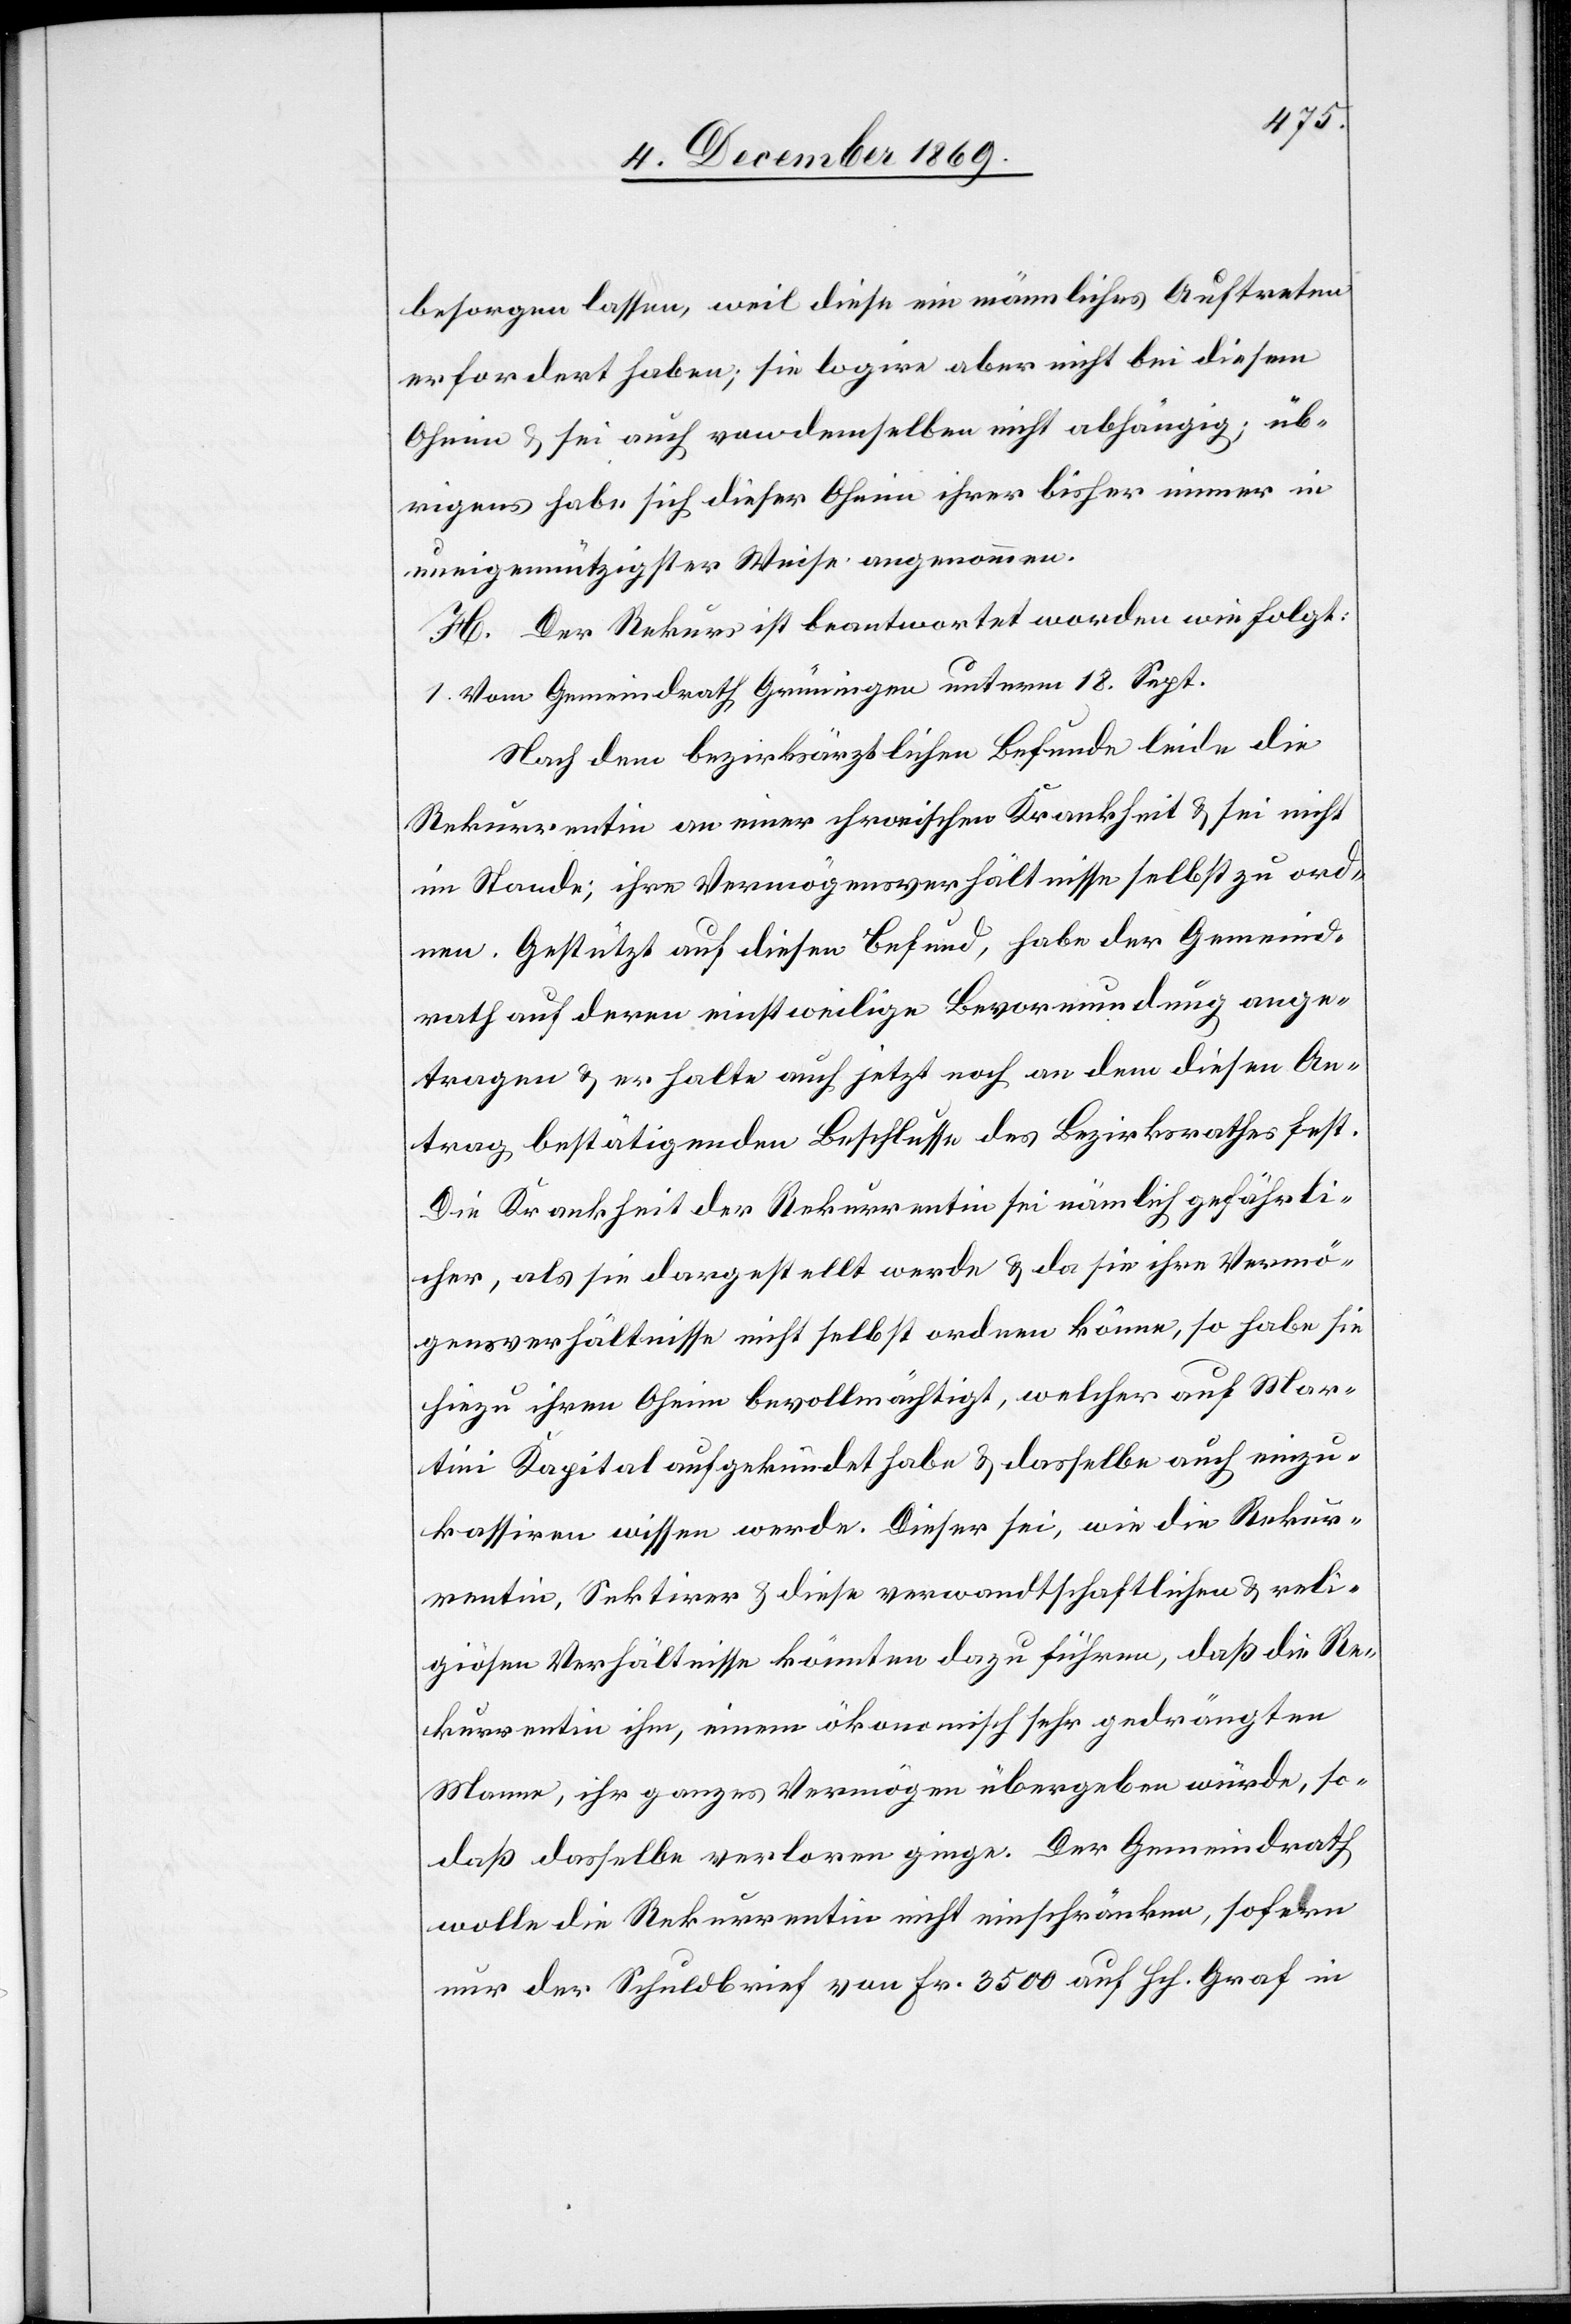
besorgen lassen, weil diese ein männliches Auftreten
erfordert haben; sie logire aber nicht bei diesem
Oheim & sei auch von demselben nicht abhängig; üb¬
rigens habe sich dieser Oheim ihrer bisher immer in
uneigennützigster Weise angenommen.
H. Der Rekurs ist beantwortet worden wie folgt:
1. Vom Gemeindrath Grüningen unterm 18. Sept.
Nach dem bezirksärztlichen Befunde leide die
Rekurrentin an einer chronischen Krankheit & sei nicht
im Stande, ihre Vermögensverhältnisse selbst zu ord¬
nen. Gestützt auf diesen Befund, habe der Gemeind¬
rath auf deren einstweilige Bevormundung ange¬
tragen & er halte auch jetzt noch an dem diesen An¬
trag bestätigenden Beschlusse des Bezirksrathes fest.
Die Krankheit der Rekurrentin sei nämlich gefährli¬
cher, als sie dargestellt werde & da sie ihre Vermö¬
gensverhältnisse nicht selbst ordnen könne, so habe sie
hiezu ihren Oheim bevollmächtigt, welcher auf Mar¬
tini Kapital aufgekündet habe & dasselbe auch einzu¬
kassiren wissen werde. Dieser sei, wie die Rekur¬
rentin, Sektirer & diese verwandtschaftlichen & reli¬
giösen Verhältnisse könnten dazu führen, daß die Re¬
kurrentin ihm, einem ökonomisch sehr gedrängten
Manne, ihr ganzes Vermögen übergeben würde, so¬
daß dasselbe verloren ginge. Der Gemeindrath
wolle die Rekurrentin nicht einschränken, sofern
nur der Schuldbrief von Fr. 3500 auf Hch. Graf in